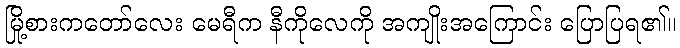
မြို့စားကတော်လေး မေရီက နီကိုလေကို အကျိုးအကြောင်း ပြောပြရ၏။